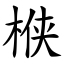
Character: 㮉